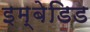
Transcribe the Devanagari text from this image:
इम्बेडिड